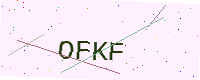
Text: OFKF